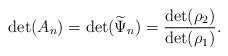
\begin{align*}\det(A_n) = \det(\widetilde{\Psi}_n) = \frac{\det(\rho_2)}{\det(\rho_1)}.\end{align*}